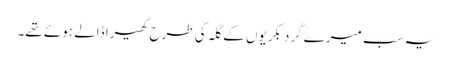
یہ سب میرے گرد بکریوں کے گلہ کی طرح گھیرا ڈالے ہوئے تھے۔